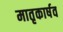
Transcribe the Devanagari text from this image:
मातृकार्षव